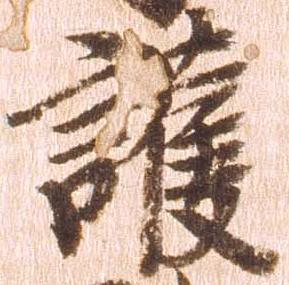
護